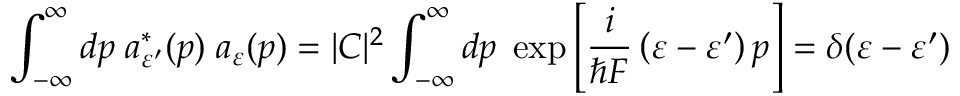
\int _ { - \infty } ^ { \infty } d p \; a _ { \varepsilon ^ { \prime } } ^ { * } ( p ) \; a _ { \varepsilon } ( p ) = | C | ^ { 2 } \int _ { - \infty } ^ { \infty } d p \; \exp \left[ \frac { i } { \hbar F } \left( \varepsilon - \varepsilon ^ { \prime } \right) p \right] = \delta ( \varepsilon - \varepsilon ^ { \prime } )